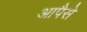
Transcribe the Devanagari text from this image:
आपैसे